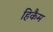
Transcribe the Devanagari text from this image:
हिकैम